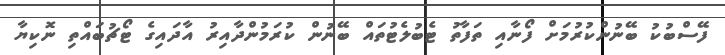
ފޭސްބުކު ބޭނުންކުރުމަށް ފޯނާއި ތަފާތު ޓެބުލެޓުތައް ބޭނުން ކުރަމުންދާއިރު އާދައިގެ ޓޯޗުބައްތި ނޮކިޔާ